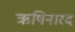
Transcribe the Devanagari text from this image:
ऋषिनारद